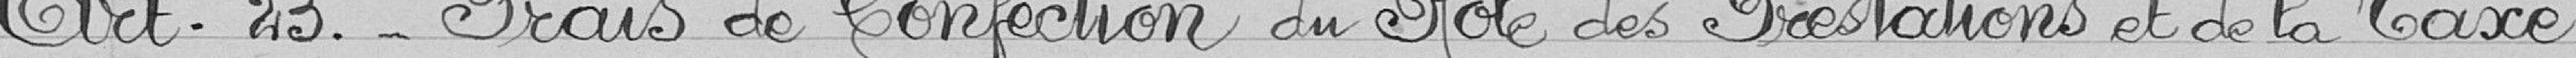
Art.23. - Frais de Confection du Pôle des Prestations et de la Taxe